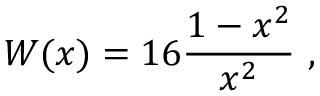
W ( x ) = 1 6 \frac { 1 - x ^ { 2 } } { x ^ { 2 } } \ ,